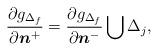
LaTeX: \begin{align*}\frac{\partial g_{\Delta_f}}{\partial \boldsymbol{n}^+} = \frac{\partial g_{\Delta_f}}{\partial \boldsymbol{n}^-} \bigcup \Delta_j,\end{align*}